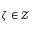
\zeta \in \mathcal { Z }